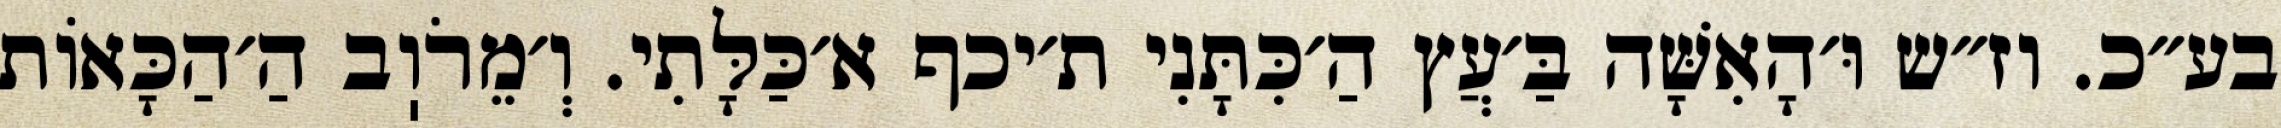
בע״כ. וז״ש וּ׳הָאִשָּׁה בַּ׳עֲץ הַ׳כִּתָּנִי ת׳יכף א׳כַּלָּתִי. וְ׳מֵרֹוֽב הַ׳הַכָּאוֹת